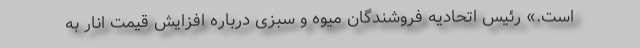
است.» رئیس اتحادیه فروشندگان میوه و سبزی درباره افزایش قیمت انار به